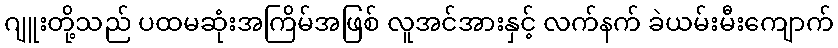
ဂျူးတို့သည် ပထမဆုံးအကြိမ်အဖြစ် လူအင်အားနှင့် လက်နက် ခဲယမ်းမီးကျောက်